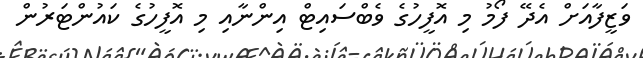
ވަޒީފާއަށް އެދޭ ފޯމު މި އޮފީހުގެ ވެބްސައިޓް އިންނާއި މި އޮފީހުގެ ކައުންޓަރުން